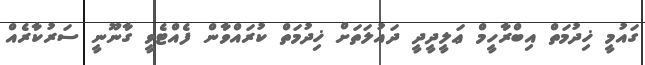
ގައުމީ ޚިދުމަތް އިބްރާހީމް ޢަލީދީދީ ދައުލަތަށް ޚިދުމަތް ކުރައްވާން ފެއްޓެވީ ގާނޫނީ ސަރުކާރެއް